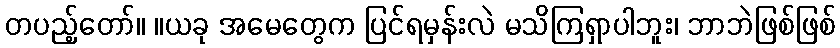
တပည့်တော်။ ။ယခု အမေတွေက ပြင်ရမှန်းလဲ မသိကြရှာပါဘူး၊ ဘာဘဲဖြစ်ဖြစ်